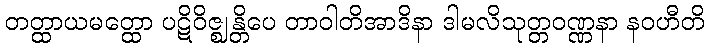
တတ္ထာယမတ္ထော ပဋိဝိဇ္ဈန္တိပေ တာဝါတိအာဒိနာ ဒါမလိသုတ္တဝဏ္ဏနာ နဝဟီတိ